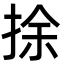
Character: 捈